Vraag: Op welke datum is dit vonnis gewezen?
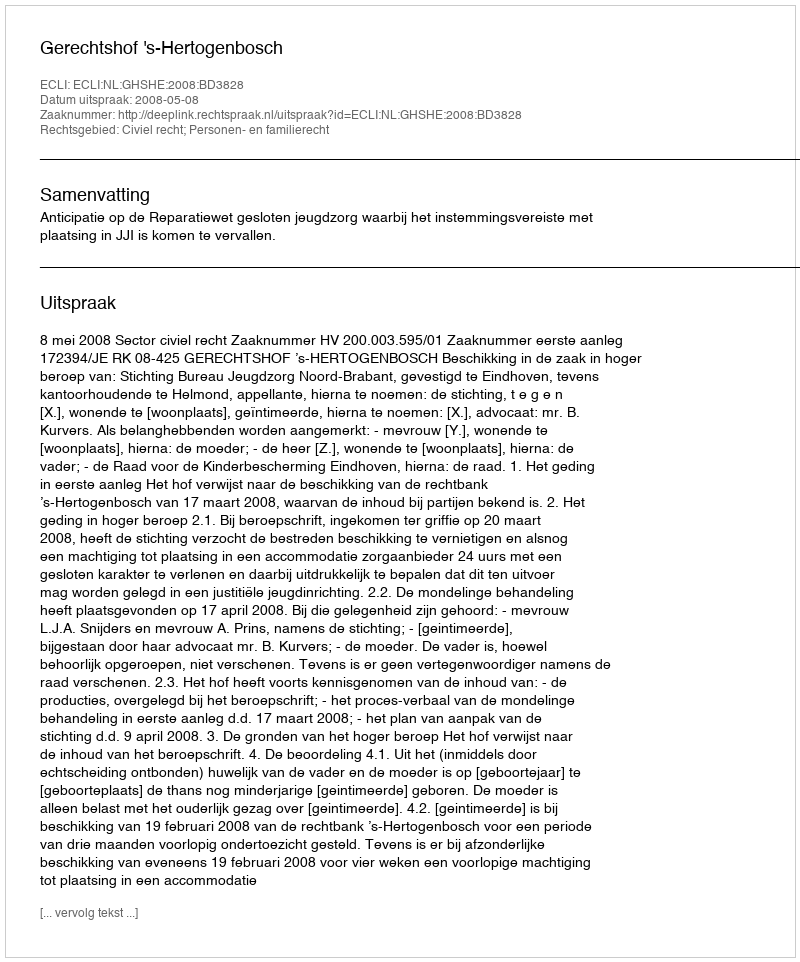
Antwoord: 2008-05-08